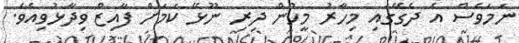
ނަމަވެސް އެ ދެގޭގައި މިހާރު މީހުން ދިރި ނޫޅޭ ކަމަށް ފާއިޒް ވިދާޅުވިއެވެ.